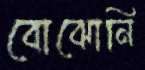
বোঝোনি